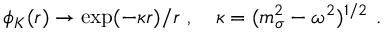
\phi _ { K } ( r ) \to \exp ( - \kappa r ) / r \ , \quad \kappa = ( m _ { \sigma } ^ { 2 } - \omega ^ { 2 } ) ^ { 1 / 2 } \ .